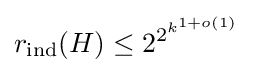
r_{\text{ind}}(H)\leq 2^{2^{k^{1+o(1)}}}